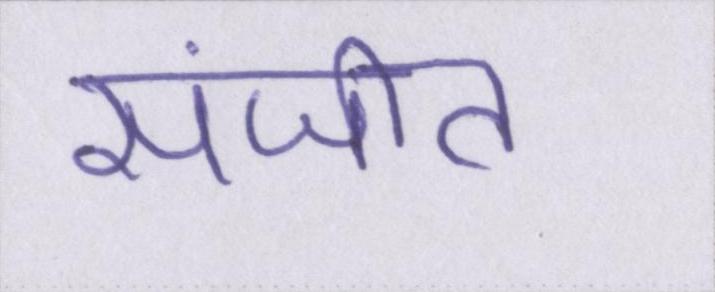
संजीत